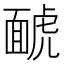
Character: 𱿑